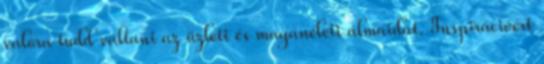
valóra tudd váltani az üzleti és magánéleti álmaidat. Inspirációért